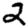
Digit: 2